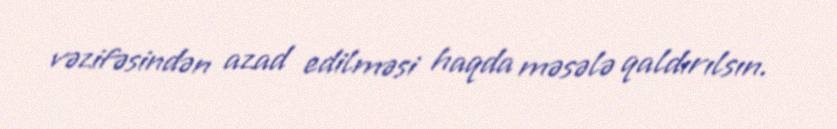
vəzifəsindən azad edilməsi haqda məsələ qaldırılsın.